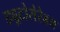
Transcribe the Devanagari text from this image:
ड्यूटोसेरेब्रम